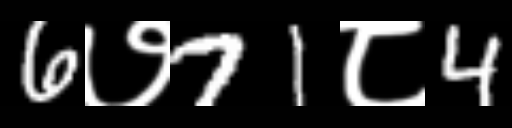
Text: 6७71८4